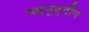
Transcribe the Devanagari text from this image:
मइनुद्दीन